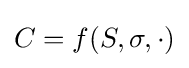
C=f(S,\sigma ,\cdot )